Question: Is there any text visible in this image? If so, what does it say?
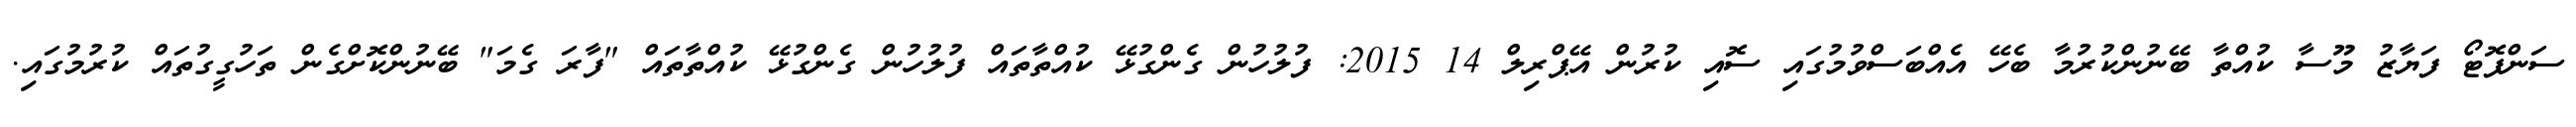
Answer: ސަންފޮޓޯ ފަޔާޒު މޫސާ ކުއްތާ ބޭނުންކުރުމާ ބެހޭ އެއްބަސްވުމުގައި ސޮއި ކުރުން އޭޕްރިލް 14 2015: ފުލުހުން ގެންގުޅޭ ކުއްތާތައް ފުލުހުން ގެންގުޅޭ ކުއްތާތައް "ފާރަ ގެމަ" ބޭނުންކޮށްގެން ތަހުގީގުތައް ކުރުމުގައި.